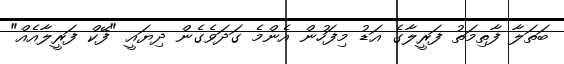
ބަތަލާ ފާތިމަތު ފަރީލާގެ އަޑު މިފަހުން އެންމެ ގަދަވެގެން ދިޔައީ "ފޭކް ފަރީލާއެއް"